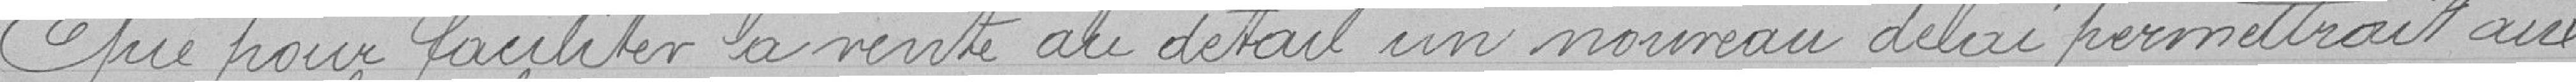
Que pour faciliter la vente au détail un nouveau délai permettrait aux